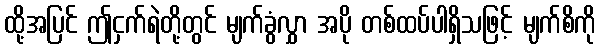
ထို့အပြင် ဤငှက်ရဲတို့တွင် မျက်ခွံလွှာ အပို တစ်ထပ်ပါရှိသဖြင့် မျက်စိကို